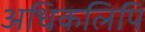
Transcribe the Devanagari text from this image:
अधिकलिपि